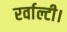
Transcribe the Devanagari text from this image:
रर्वाल्टी।